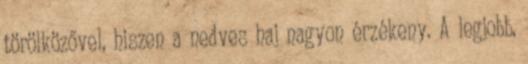
törölközővel, hiszen a nedves haj nagyon érzékeny. A legjobb,